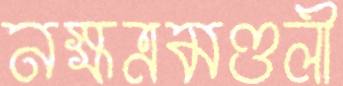
নক্ষত্রমণ্ডলী